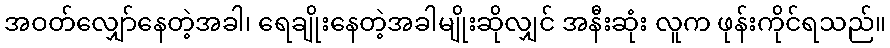
အဝတ်လျှော်နေတဲ့အခါ၊ ရေချိုးနေတဲ့အခါမျိုးဆိုလျှင် အနီးဆုံး လူက ဖုန်းကိုင်ရသည်။